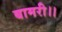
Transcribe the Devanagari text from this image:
बामरी।।